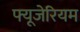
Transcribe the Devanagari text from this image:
फ्यूजेरियम